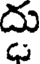
దు